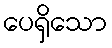
ပေရှိသော